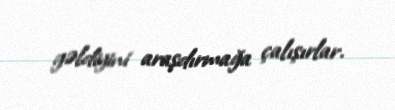
gəldiyini araşdırmağa çalışırlar.